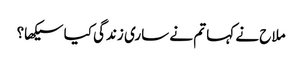
ملاح نے کہا تم نے ساری زندگی کیا سیکھا؟